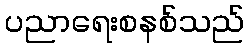
ပညာရေးစနစ်သည်